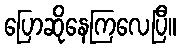
ပြောဆိုနေကြလေပြီ။